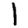
Digit: 1